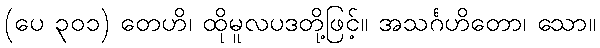
(ပေ ၃၀၁) တေဟိ၊ ထိုမူလပဒတို့ဖြင့်။ အသင်္ဂဟိတော၊ သော။